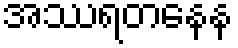
အဿရတနေန